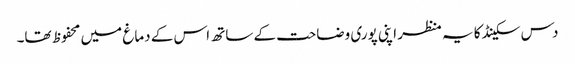
دس سکینڈ کا یہ منظر اپنی پوری وضاحت کے ساتھ اس کے دماغ میں محفوظ تھا۔